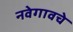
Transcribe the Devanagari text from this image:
नवेगावचे